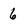
Character: 6